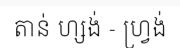
តាន់ ហ្សង់ - ហ្វ្រង់